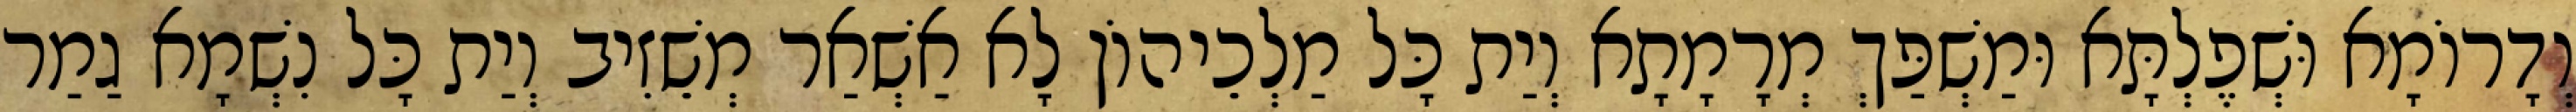
וְדָרוֹמָא וּשְׁפֶלְתָּא וּמַשְׁפַּךְ מְרָמָתָא וְיַת כָּל מַלְכֵיהוֹן לָא אַשְׁאַר מְשֵׁזִיב וְיַת כָּל נִשְׁמָא גַמַר